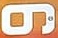
9